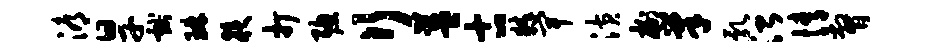
溽旱献琳夜打聪行益古粹卑潢榭巢乳治情瞥